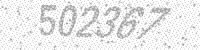
Solution: 502367